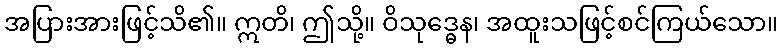
အပြားအားဖြင့်သိ၏။ ဣတိ၊ ဤသို့။ ဝိသုဒ္ဓေန၊ အထူးသဖြင့်စင်ကြယ်သော။